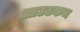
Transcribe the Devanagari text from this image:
आउटकम